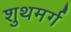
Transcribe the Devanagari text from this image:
शुथमर्ग